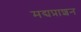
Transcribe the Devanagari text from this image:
मद्यप्राशन